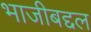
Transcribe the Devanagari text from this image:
भाजीबद्दल